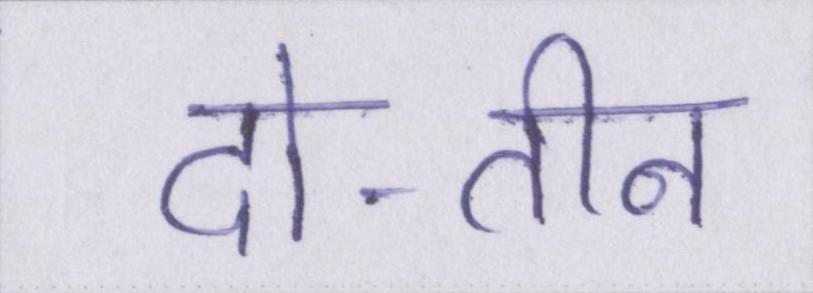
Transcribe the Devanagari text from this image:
दो-तीन